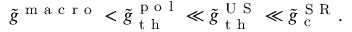
\tilde { g } ^ { \mathrm { ~ m ~ a ~ c ~ r ~ o ~ } } < \tilde { g } _ { \mathrm { ~ t ~ h ~ } } ^ { \mathrm { ~ p ~ o ~ l ~ } } \ll \tilde { g } _ { \mathrm { ~ t ~ h ~ } } ^ { \mathrm { ~ U ~ S ~ } } \ll \tilde { g } _ { \mathrm { ~ c ~ } } ^ { \mathrm { ~ S ~ R ~ } } .